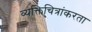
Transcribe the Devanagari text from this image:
व्यक्तिचित्रांकरता